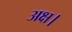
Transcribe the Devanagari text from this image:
अक्ष।